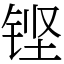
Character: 铿